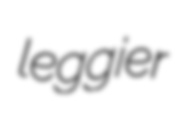
leggier